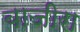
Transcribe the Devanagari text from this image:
बाजीरा